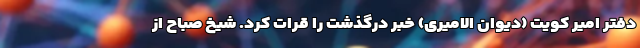
دفتر امیر کویت (دیوان الامیری) خبر درگذشت را قرات کرد. شیخ صباح از